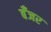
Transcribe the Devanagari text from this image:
बँजर